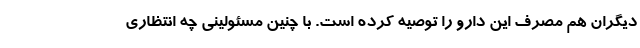
دیگران هم مصرف این دارو را توصیه کرده است. با چنین مسئولینی چه انتظاری